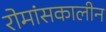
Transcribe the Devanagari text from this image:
रोमांसकालीन